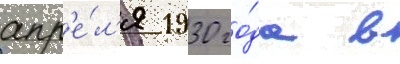
апр'е́л'я 1930 го́да в